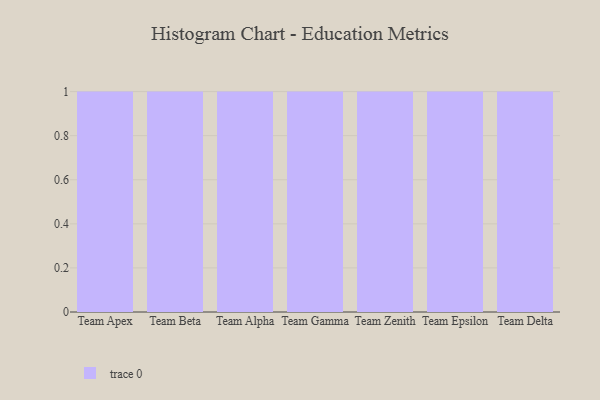
{"axis": {"x": "Team", "y": "Demand Index"}, "legend": [""], "data": [{"x": "Team Apex", "y": 51, "type": ""}, {"x": "Team Beta", "y": 7, "type": ""}, {"x": "Team Alpha", "y": 2, "type": ""}, {"x": "Team Gamma", "y": 45, "type": ""}, {"x": "Team Zenith", "y": 75, "type": ""}, {"x": "Team Epsilon", "y": 30, "type": ""}, {"x": "Team Delta", "y": 68, "type": ""}]}